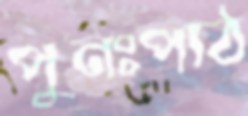
পুনঃপাঠ